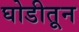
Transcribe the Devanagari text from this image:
घोडीतून